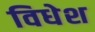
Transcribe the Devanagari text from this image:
विधेश